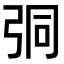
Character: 𢏕